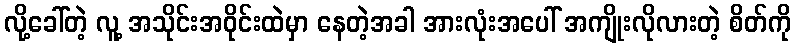
လို့ခေါ်တဲ့ လူ့ အသိုင်းအဝိုင်းထဲမှာ နေတဲ့အခါ အားလုံးအပေါ် အကျိုးလိုလားတဲ့ စိတ်ကို